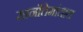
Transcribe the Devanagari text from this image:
सानंतिमांताल